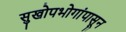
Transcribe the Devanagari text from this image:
सुखोपभोगांपासून